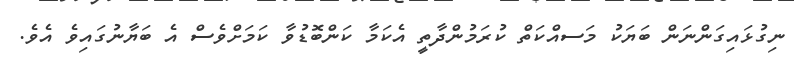
ނިގުޅައިގަންނަން ބަޔަކު މަސއްކަތް ކުރަމުންދާތީ އެކަމާ ކަންބޮޑުވާ ކަމަށްވެސް އެ ބަޔާނުގައިވެ އެވެ.